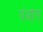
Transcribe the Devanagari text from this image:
पंथांत